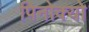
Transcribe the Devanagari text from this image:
पिनोक्यो